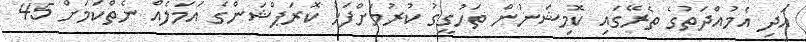
އަދި އެމުއްދަތުގެ ތެރޭގައި ކޮމިޝަނުން ތަހުގީގު ކުރުމަށްފަހު ކޮރަޕްޝަންގެ އަމަލެއް ނެތްކަމަށް 45